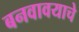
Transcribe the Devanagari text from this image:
बनवावयाचे